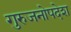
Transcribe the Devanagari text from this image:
गुरुजनोपदेश